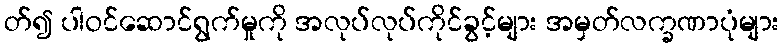
တ်၍ ပါဝင်ဆောင်ရွက်မှုကို အလုပ်လုပ်ကိုင်ခွင့်များ အမှတ်လက္ခဏာပုံများ